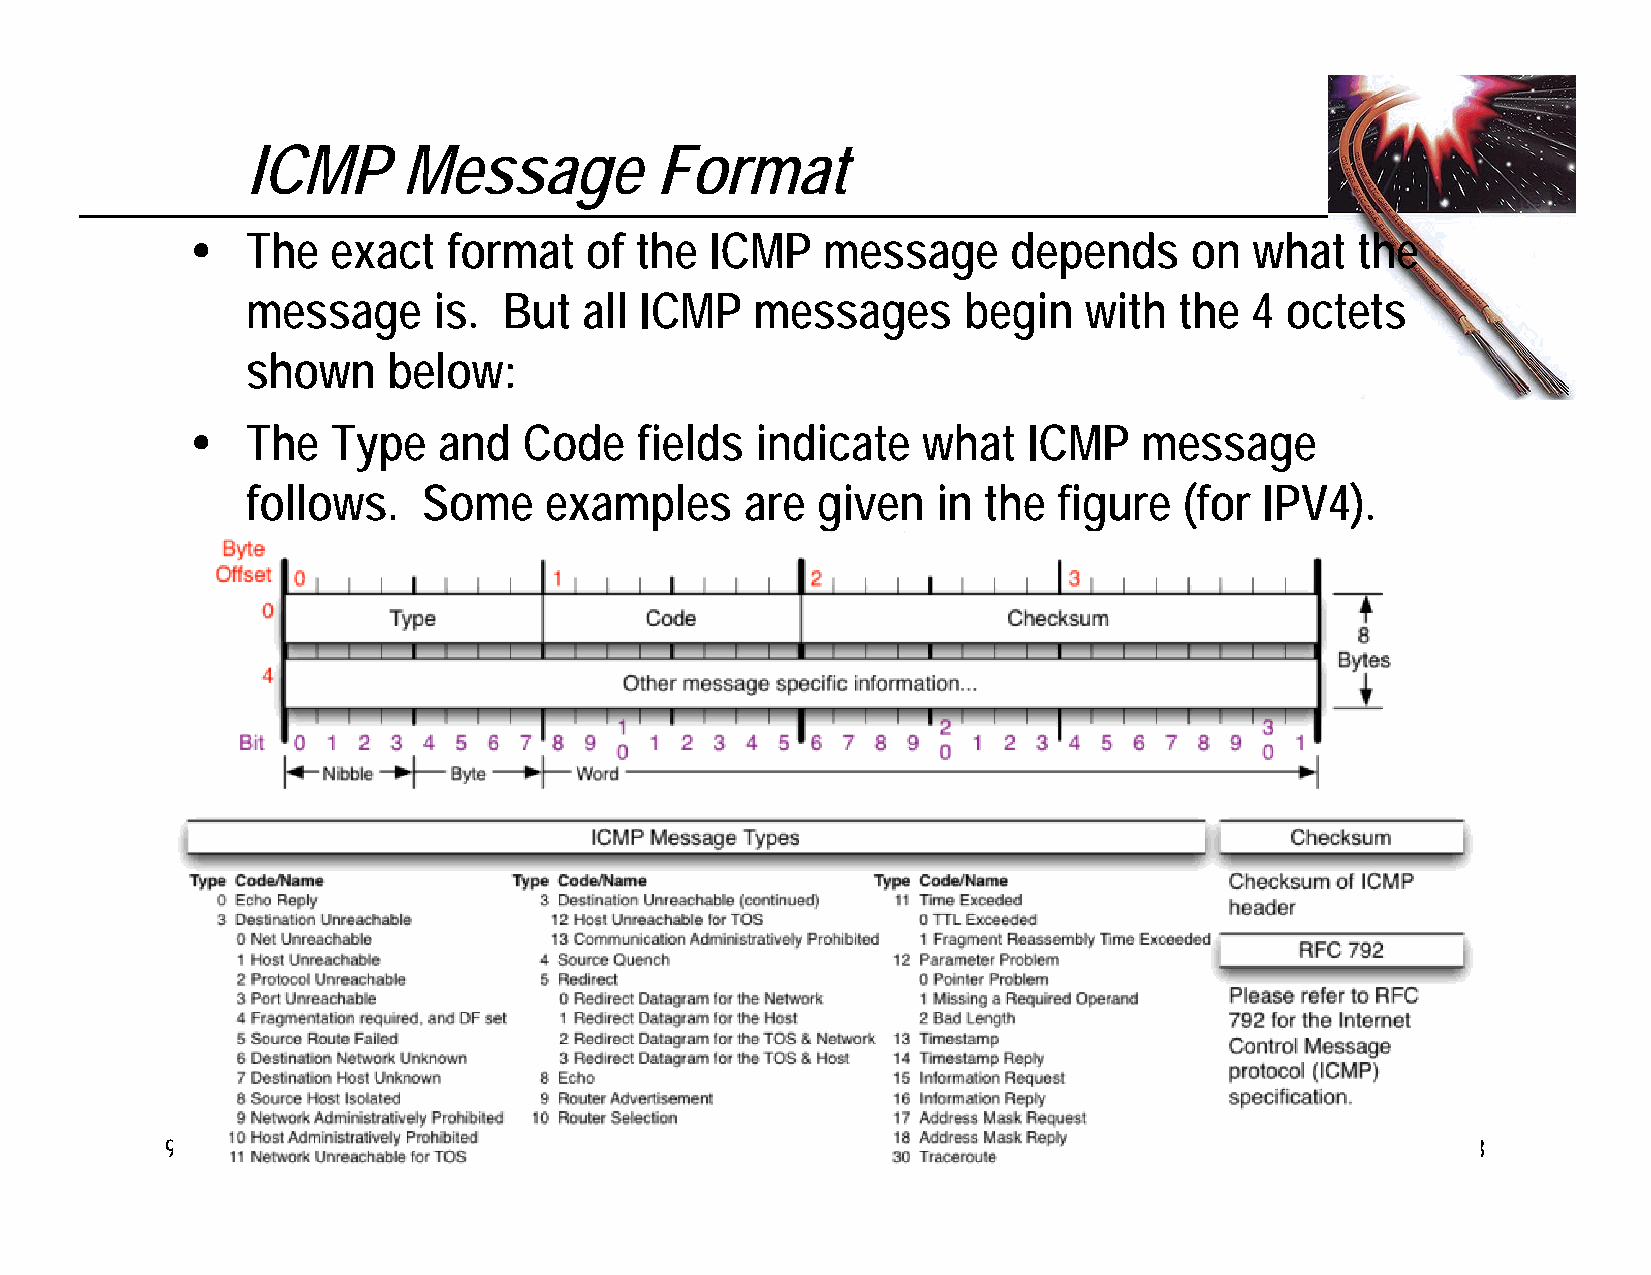
ICMP       Message         Format
   The   exact   format   of the  ICMP   message      depends     on  what   the
 message      is. But   all ICMP   messages      begin   with  the  4 octets
 shown     below:
   The   Type   and   Code   fields  indicate   what   ICMP    message
 follows.    Some    examples     are  given   in the  figure  (for  IPV4).
 9/7/2014             P. Michael Henderson, mike@michael-henderson.us copyright 2014  243